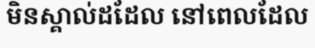
មិនស្គាល់ដដែល នៅពេលដែល